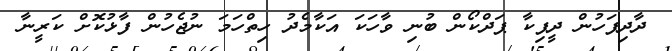
ދާދިފަހުން ދީޕިކާ ޕަދްކޯން ބުނި ވާހަކަ އަކާމެދު ހިތްހަމަ ނުޖެހުން ފާޅުކޮށް ކަރީނާ